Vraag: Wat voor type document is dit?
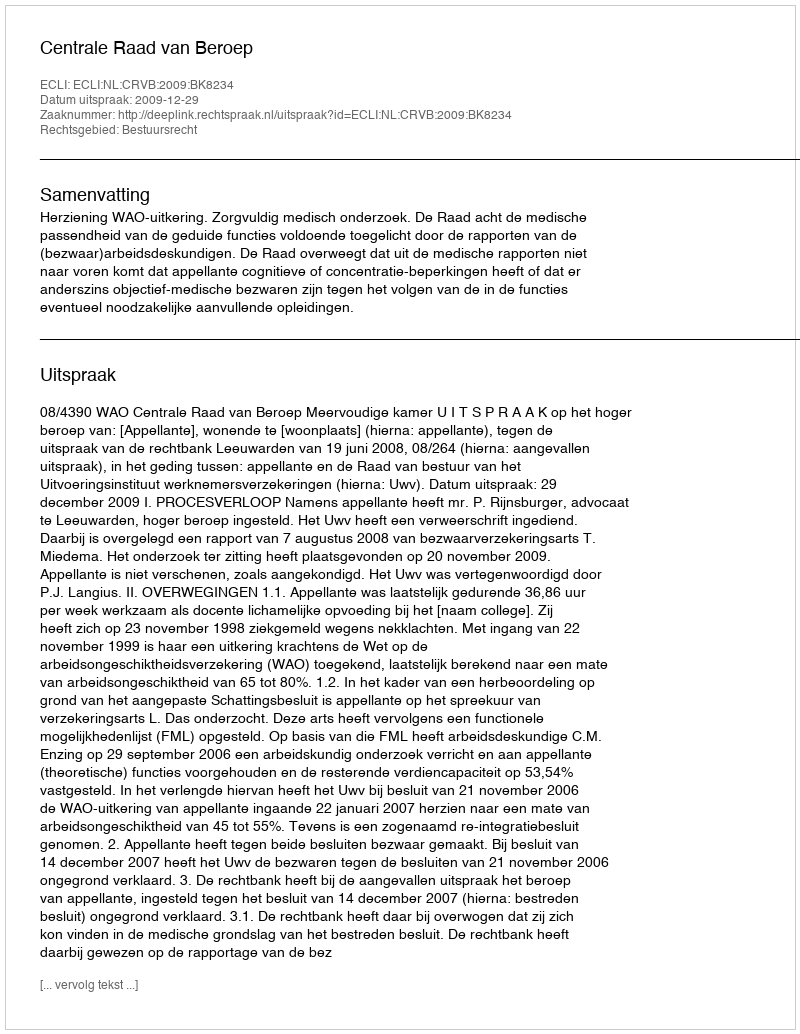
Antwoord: Uitspraak